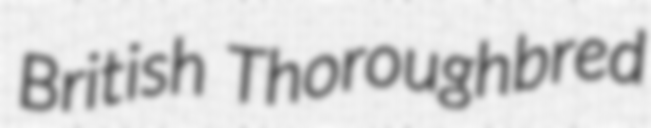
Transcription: British Thoroughbred